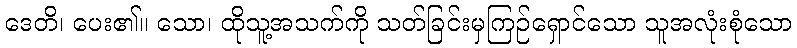
ဒေတိ၊ ပေး၏။ သော၊ ထိုသူ့အသက်ကို သတ်ခြင်းမှကြဉ်ရှောင်သော သူအလုံးစုံသော